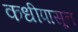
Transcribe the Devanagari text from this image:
कधीपासून